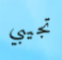
تجيبي